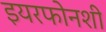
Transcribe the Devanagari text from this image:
इयरफोनशी